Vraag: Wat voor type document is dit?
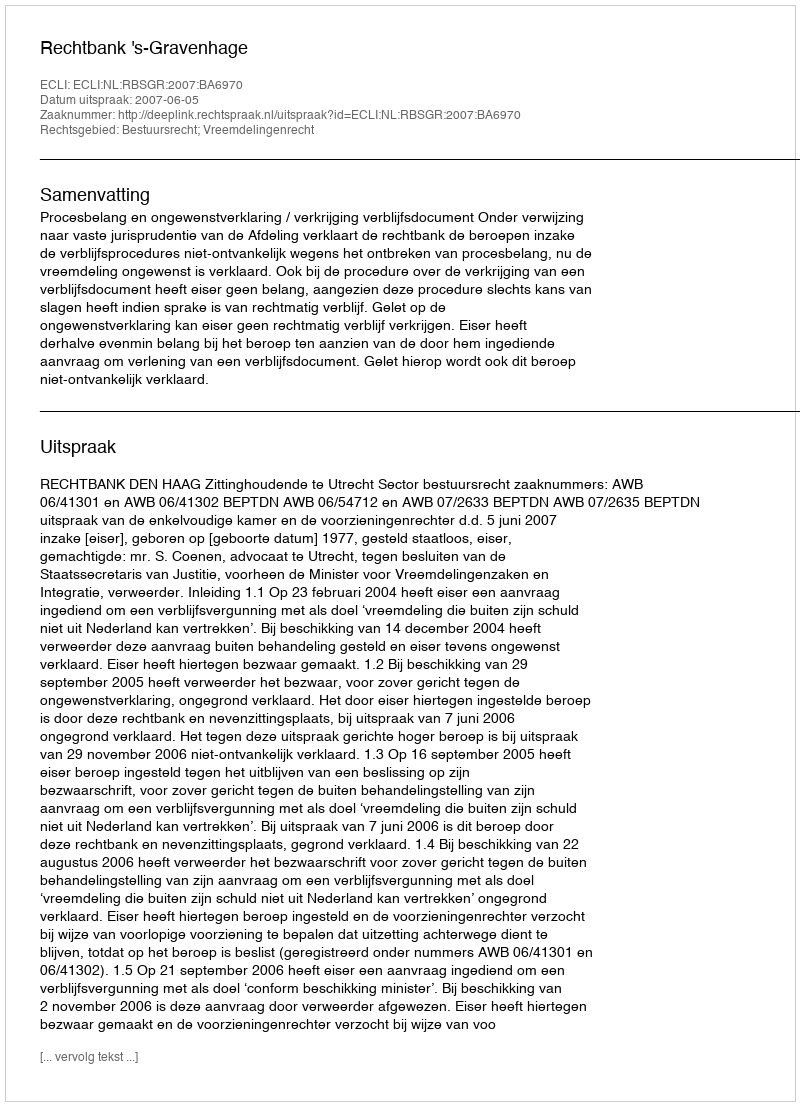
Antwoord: Uitspraak